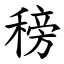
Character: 䅭